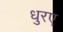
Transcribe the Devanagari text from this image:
धुरए